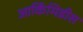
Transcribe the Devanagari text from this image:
आर्किमिडीस